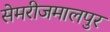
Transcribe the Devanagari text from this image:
सेमरीजमालपुर